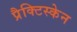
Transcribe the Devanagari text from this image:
प्रैक्टिस्केन